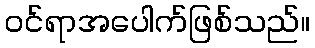
ဝင်ရာအပေါက်ဖြစ်သည်။